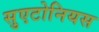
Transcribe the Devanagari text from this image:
सुएटोनियस